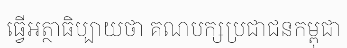
ធ្វើអត្ថាធិប្បាយថា គណបក្សប្រជាជនកម្ពុជា